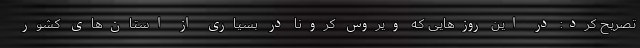
تصریح کرد: در این روزهایی که ویروس کرونا در بسیاری از استان‌های کشور